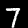
Digit: 7